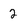
Character: 2